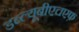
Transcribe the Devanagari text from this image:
डब्ल्यूबीएचएफ़